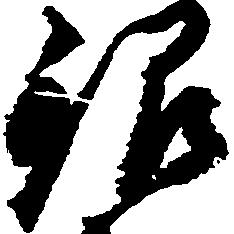
銀